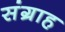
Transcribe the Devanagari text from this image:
संग्राह